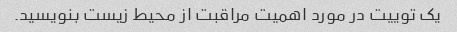
یک توییت در مورد اهمیت مراقبت از محیط زیست بنویسید.